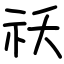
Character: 祅